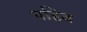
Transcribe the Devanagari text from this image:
पहिव